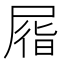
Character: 㞛